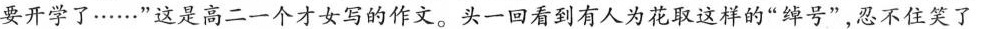
要开学了……”这是高二一个才女写的作文。头一回看到有人为花取这样的”绰号”，忍不住笑了